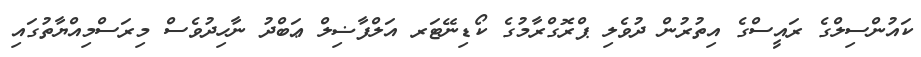
ކައުންސިލްގެ ރައީސްގެ އިތުރުން ދުވެލި ޕްރޮގްރާމުގެ ކޯޑިނޭޓަރ އަލްފާޟިލް ޢަބްދު ނާހިދުވެސް މިރަސްމިއްޔާތުގައި